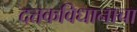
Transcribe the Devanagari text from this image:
दत्तकविधानाचा